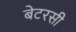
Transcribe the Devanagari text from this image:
बेटरसी